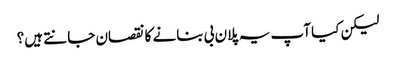
لیکن کیا آپ یہ پلان بی بنانے کا نقصان جانتے ہیں؟